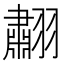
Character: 䎘